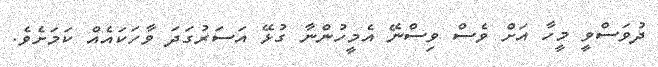
ދުވަސްވީ މީހާ އަށް ވެސް ވިސްނޭ އެމީހުންނާ ގުޅޭ އަސަރުގަދަ ވާހަކައެއް ކަމަށެވެ.